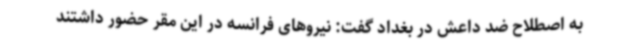
به ‌اصطلاح ضد داعش در بغداد گفت: نیروهای فرانسه در این مقر حضور داشتند